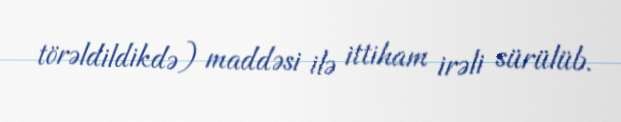
törəldildikdə) maddəsi ilə ittiham irəli sürülüb.